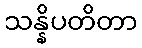
သန္နိပတိတာ